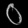
Digit: ၀